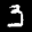
Label: 3